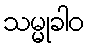
သမ္မုခါဝ